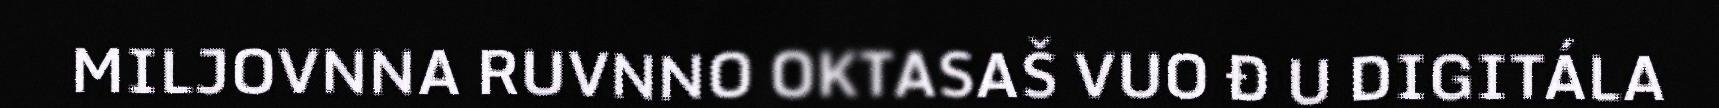
MILJOVNNA RUVNNO OKTASAŠ VUO Đ U DIGITÁLA